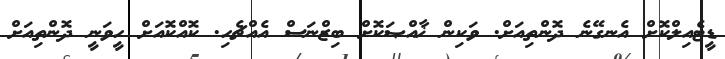
ޑީޓެއިލްކޮށް އެނގޭނެ ދޮންތިއަށް. ވަކިން ޚާއްޞަކޮށް ބިޒްނަސް އެއްޗެހި. ކޮއްކޮއަށް ހީވަނީ ދޮންތިއަށް